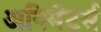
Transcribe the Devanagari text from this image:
अनिमेंटर्स